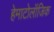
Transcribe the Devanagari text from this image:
हेमाटोलॉजिक